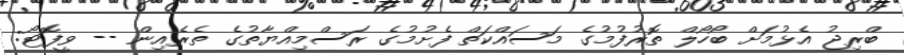
ބްރިޖު އެޅުމަށް ބޯހޯލް ތޮރުފުމުގެ މަސައްކަތް ފެށުމުގެ ރަސްމިއްޔާތުގެ ތެރެއިން -- ވީފޮޓޯ: